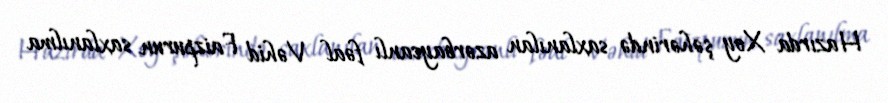
Hazırda Xoy şəhərində saxlanılan azərbaycanlı fəal Vəhid Faizpurun saxlanılma